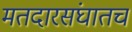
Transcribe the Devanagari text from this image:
मतदारसंघातच